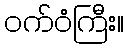
ဝက်ဝံကြီး။